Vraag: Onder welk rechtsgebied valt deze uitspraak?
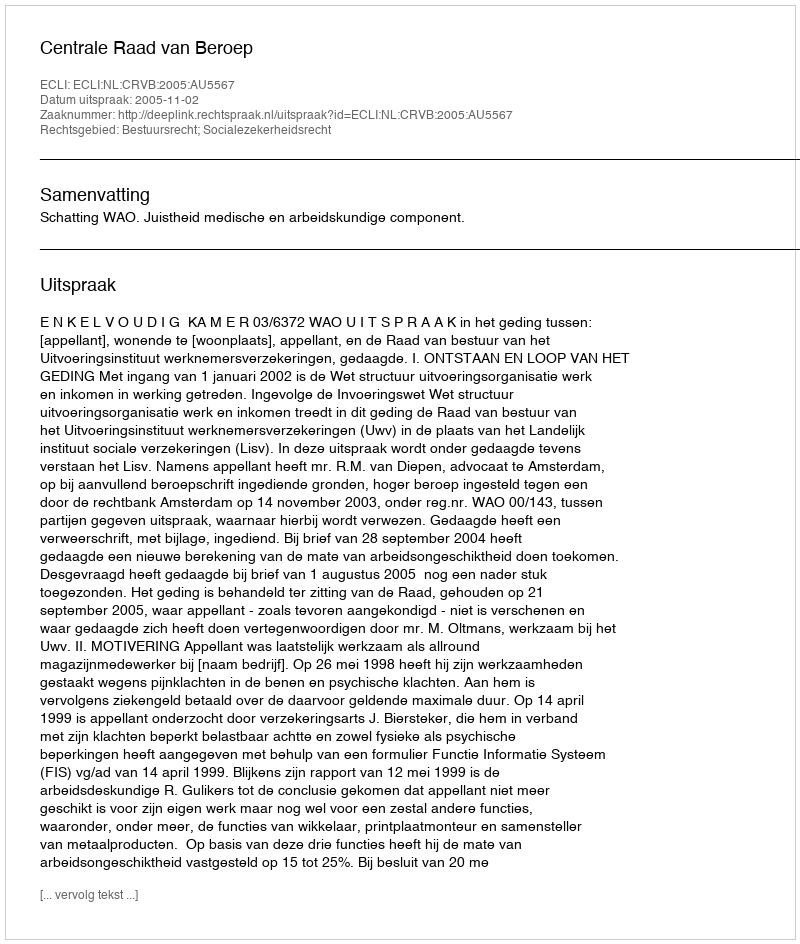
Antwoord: Bestuursrecht; Socialezekerheidsrecht